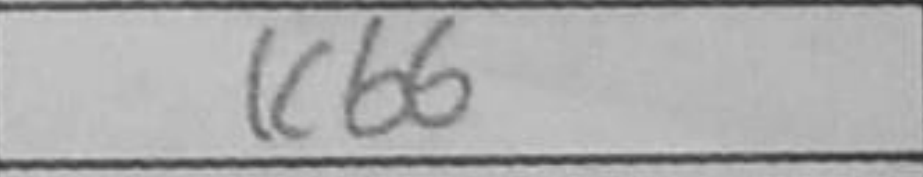
Transcription: Kb6